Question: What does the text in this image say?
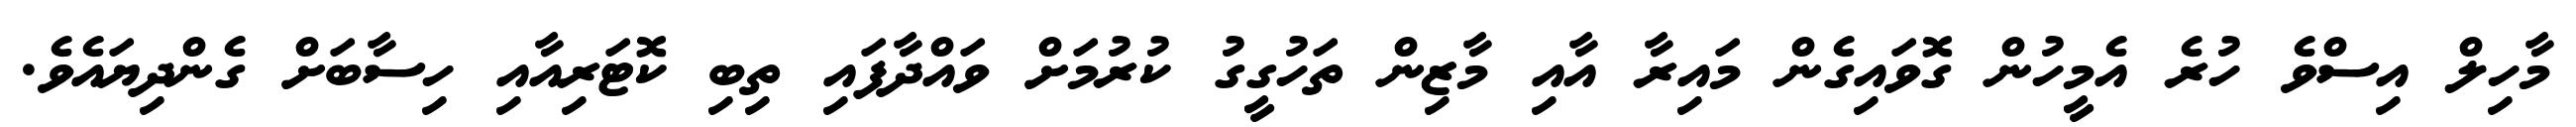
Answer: މާހިލް އިސްވެ ހުރެ އެމީހުން ގޮވައިގެން މައިރާ އާއި މާޒިން ތަހުގީގު ކުރުމަށް ވައްދާފައި ތިބި ކޮޓަރިއާއި ހިސާބަށް ގެންދިޔައެވެ.